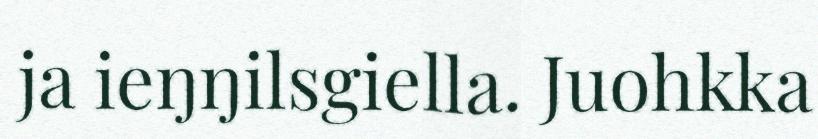
ja ieŋŋilsgiella. Juohkka